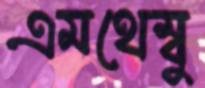
এমথেম্বু